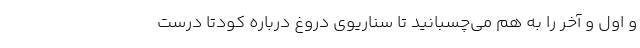
و اول و آخر را به هم می‌چسبانید تا سناریوی دروغ درباره کودتا درست